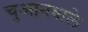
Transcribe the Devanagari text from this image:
चुआनवाले